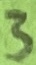
Text: 3